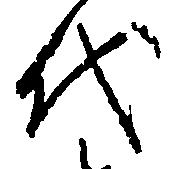
代